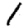
Digit: 1